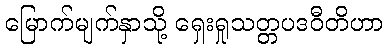
မြောက်မျက်နှာသို့ ရှေးရှုသတ္တပဒဝီတိဟာ